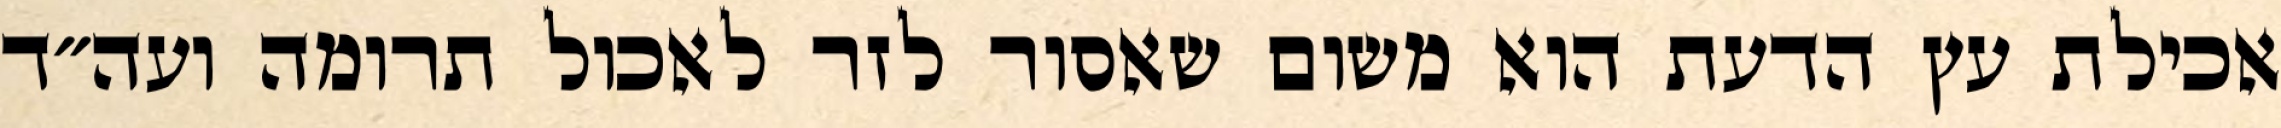
אכילת עץ הדעת הוא משום שאסור לזר לאכול תרומה ועה״ד